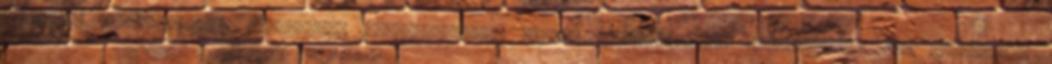
pénzügyi megtérülését? Nemzetközi összehasonlító adatok felhasználása segítségével mit mondhatunk